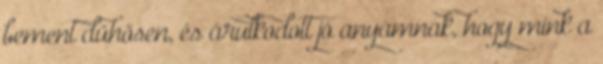
bement dühösen, és árulkodott jó anyámnak, hogy mink a